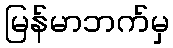
မြန်မာဘက်မှ